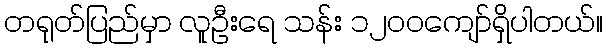
တရုတ်ပြည်မှာ လူဦးရေ သန်း ၁၂၀၀ကျော်ရှိပါတယ်။